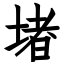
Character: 堵